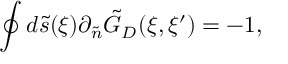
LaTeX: \oint { d } \tilde { s } ( \xi ) { \partial _ { \tilde { n } } } { \tilde { G } _ { D } } ( \xi , \xi ^ { \prime } ) = - 1 ,